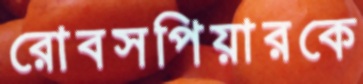
রোবসপিয়ারকে